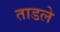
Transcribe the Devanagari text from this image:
ताडले